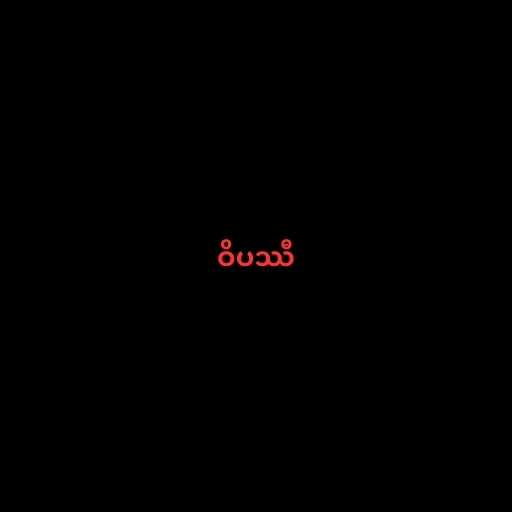
ဝိပဿီ